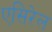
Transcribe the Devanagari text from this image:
एसिरेल